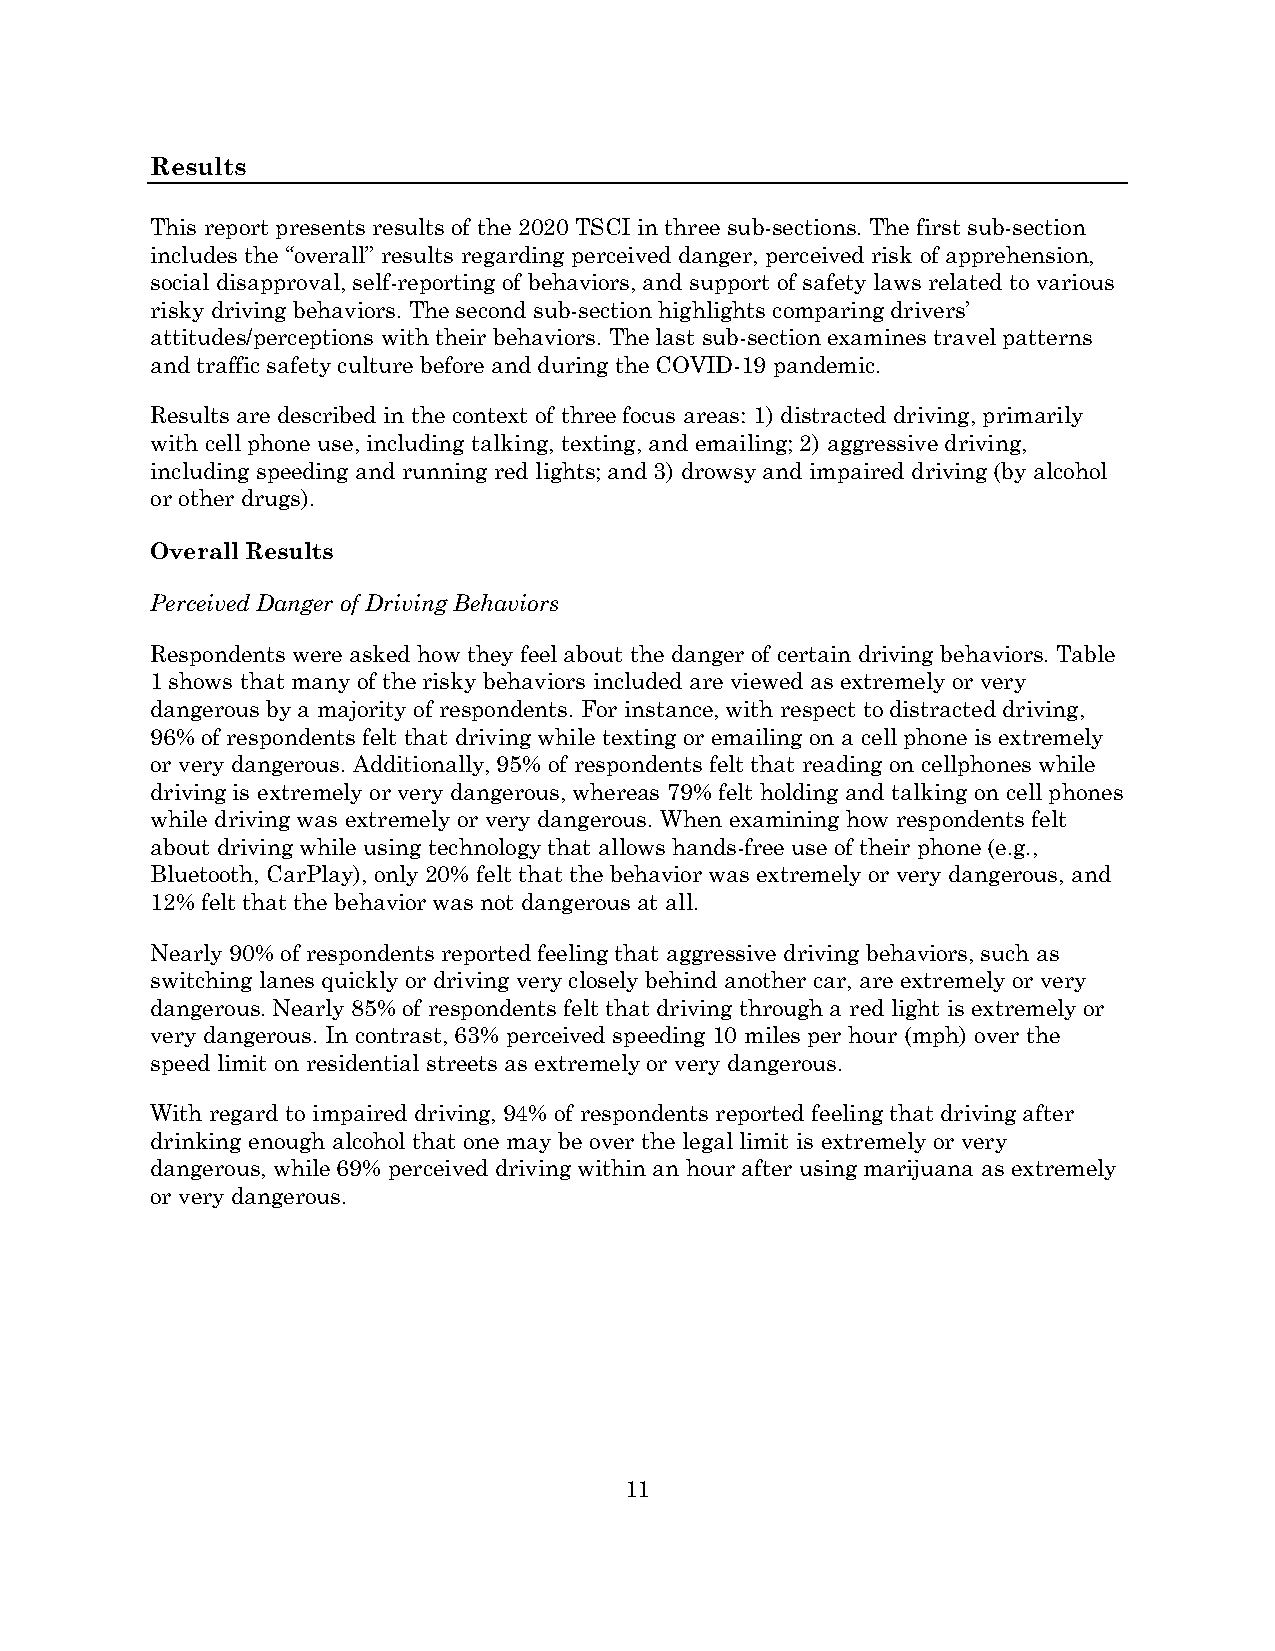
Results
 This report presents results of the 2020 TSCI in three sub-sections. The first sub-section
 includes the “overall” results regarding perceived danger, perceived risk of apprehension,
 social disapproval, self-reporting of behaviors, and support of safety laws related to various
 risky driving behaviors. The second sub-section highlights comparing drivers’
 attitudes/perceptions with their behaviors. The last sub-section examines travel patterns
 and traffic safety culture before and during the COVID-19 pandemic.
 Results are described in the context of three focus areas: 1) distracted driving, primarily
 with cell phone use, including talking, texting, and emailing; 2) aggressive driving,
 including speeding and running red lights; and 3) drowsy and impaired driving (by alcohol
 or other drugs).
 Overall Results
 Perceived Danger of Driving Behaviors
 Respondents were asked how they feel about the danger of certain driving behaviors. Table
 1 shows that many of the risky behaviors included are viewed as extremely or very
 dangerous by a majority of respondents. For instance, with respect to distracted driving,
 96% of respondents felt that driving while texting or emailing on a cell phone is extremely
 or very dangerous. Additionally, 95% of respondents felt that reading on cellphones while
 driving is extremely or very dangerous, whereas 79% felt holding and talking on cell phones
 while driving was extremely or very dangerous. When examining how respondents felt
 about driving while using technology that allows hands-free use of their phone (e.g.,
 Bluetooth, CarPlay), only 20% felt that the behavior was extremely or very dangerous, and
 12% felt that the behavior was not dangerous at all.
 Nearly 90% of respondents reported feeling that aggressive driving behaviors, such as
 switching lanes quickly or driving very closely behind another car, are extremely or very
 dangerous. Nearly 85% of respondents felt that driving through a red light is extremely or
 very dangerous. In contrast, 63% perceived speeding 10 miles per hour (mph) over the
 speed limit on residential streets as extremely or very dangerous.
 With regard to impaired driving, 94% of respondents reported feeling that driving after
 drinking enough alcohol that one may be over the legal limit is extremely or very
 dangerous, while 69% perceived driving within an hour after using marijuana as extremely
 or very dangerous.
 11